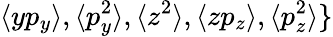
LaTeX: \langle yp_{y}\rangle,\langle p_{y}^{2}\rangle,\langle z^{2}\rangle,\langle zp_{z}\rangle,\langle p_{z}^{2}\rangle\}